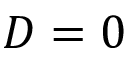
D = 0